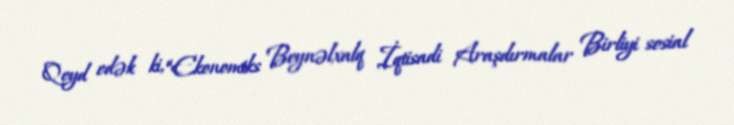
Qeyd edək ki, “Ekonomiks Beynəlxalq İqtisadi Araşdırmalar Birliyi sosial